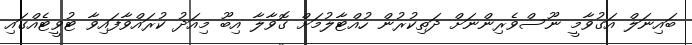
ބައިނަލް އަގުވާމީ ނޫސްވެރިންނަށް ދަތިކުރުން ހުއްޓާލުމަށް ގޮވާލާ އިބޫ މިއަދު ކުރަައްވާފައިވާ ޓުވީޓެއްގައި